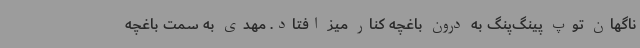
ناگهان توپ پینگ‌پنگ به درون باغچه کنار میز افتاد. مهدی به سمت باغچه